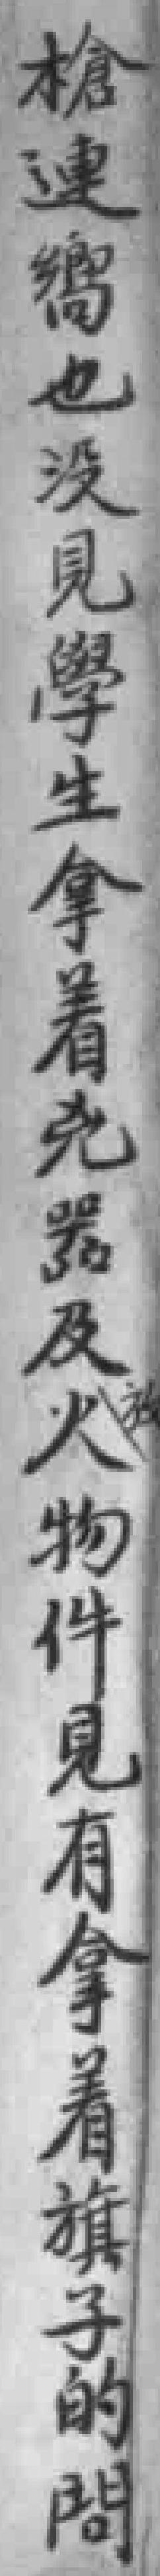
槍連嚮也没見學生拿着兇器及放火物件見有拿着旗子的問